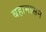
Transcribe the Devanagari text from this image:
बहामासने